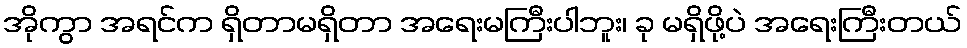
အိုကွာ အရင်က ရှိတာမရှိတာ အရေးမကြီးပါဘူး၊ ခု မရှိဖို့ပဲ အရေးကြီးတယ်